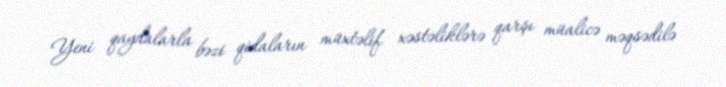
Yeni qaydalarla bəzi qidaların müxtəlif xəstəliklərə qarşı müalicə məqsədilə